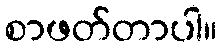
စာဖတ်တာပါ။